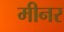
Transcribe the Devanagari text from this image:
मीनर